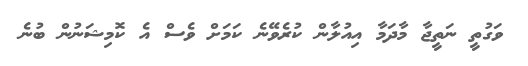
ވަގުތީ ނަތީޖާ މާދަމާ އިއުލާން ކުރެވޭނެ ކަމަށް ވެސް އެ ކޮމިޝަނުން ބުނެ